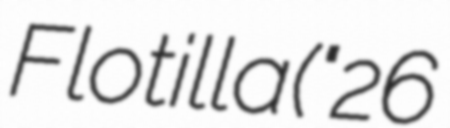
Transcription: Flotilla ("26